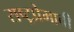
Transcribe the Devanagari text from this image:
राष्ट्रप्रेमाची